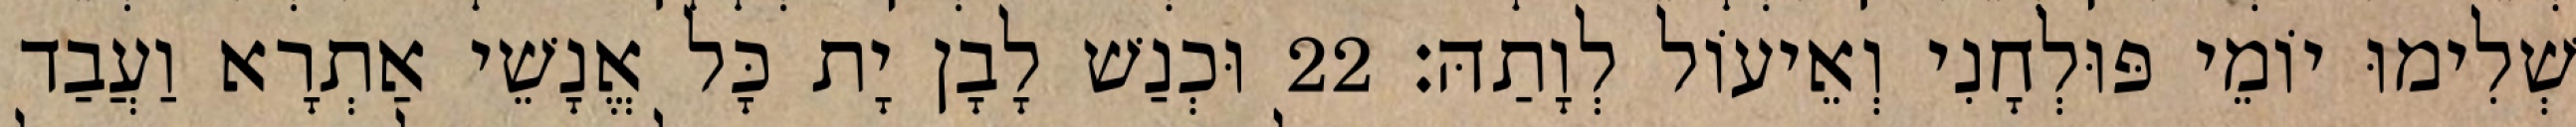
שְׁלִימוּ יוֹמֵי פּוּלְחָנִי וְאֵיעוֹל לְוָתַהּ׃ 22 וּכְנַשׁ לָבָן יָת כָּל אֱנָשֵׁי אַתְרָא וַעֲבַד